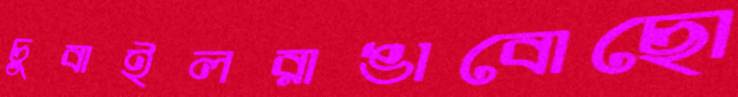
চুবাইলরাঙাবোছো